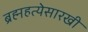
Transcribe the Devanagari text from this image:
ब्रह्महत्येसारखी